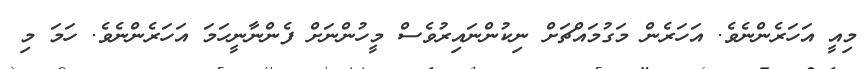
މިއީ އަހަރެންނެވެ. އަހަރެން މަގުމައްޗަށް ނިކުންނައިރުވެސް މީހުންނަށް ފެންނާނީހަމަ އަހަރެންނެވެ. ހަމަ މި